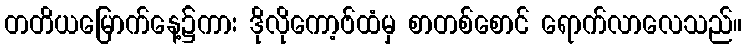
တတိယမြောက်နေ့၌ကား ဒိုလိုကော့ဗ်ထံမှ စာတစ်စောင် ရောက်လာလေသည်။